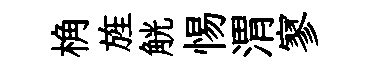
桷旌觥惕渭寥